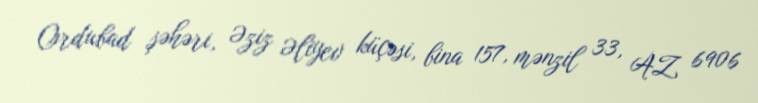
Ordubad şəhəri, Əziz Əliyev küçəsi, bina 157, mənzil 33, AZ 6906